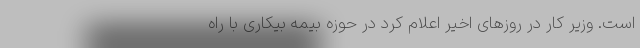
است. وزیر کار در روزهای اخیر اعلام کرد در حوزه بیمه بیکاری با راه